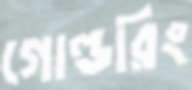
গোল্ডরিং